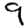
Digit: 9